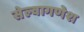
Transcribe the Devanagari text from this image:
सेल्वागणेश